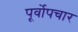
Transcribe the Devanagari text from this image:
पूर्वोपचार